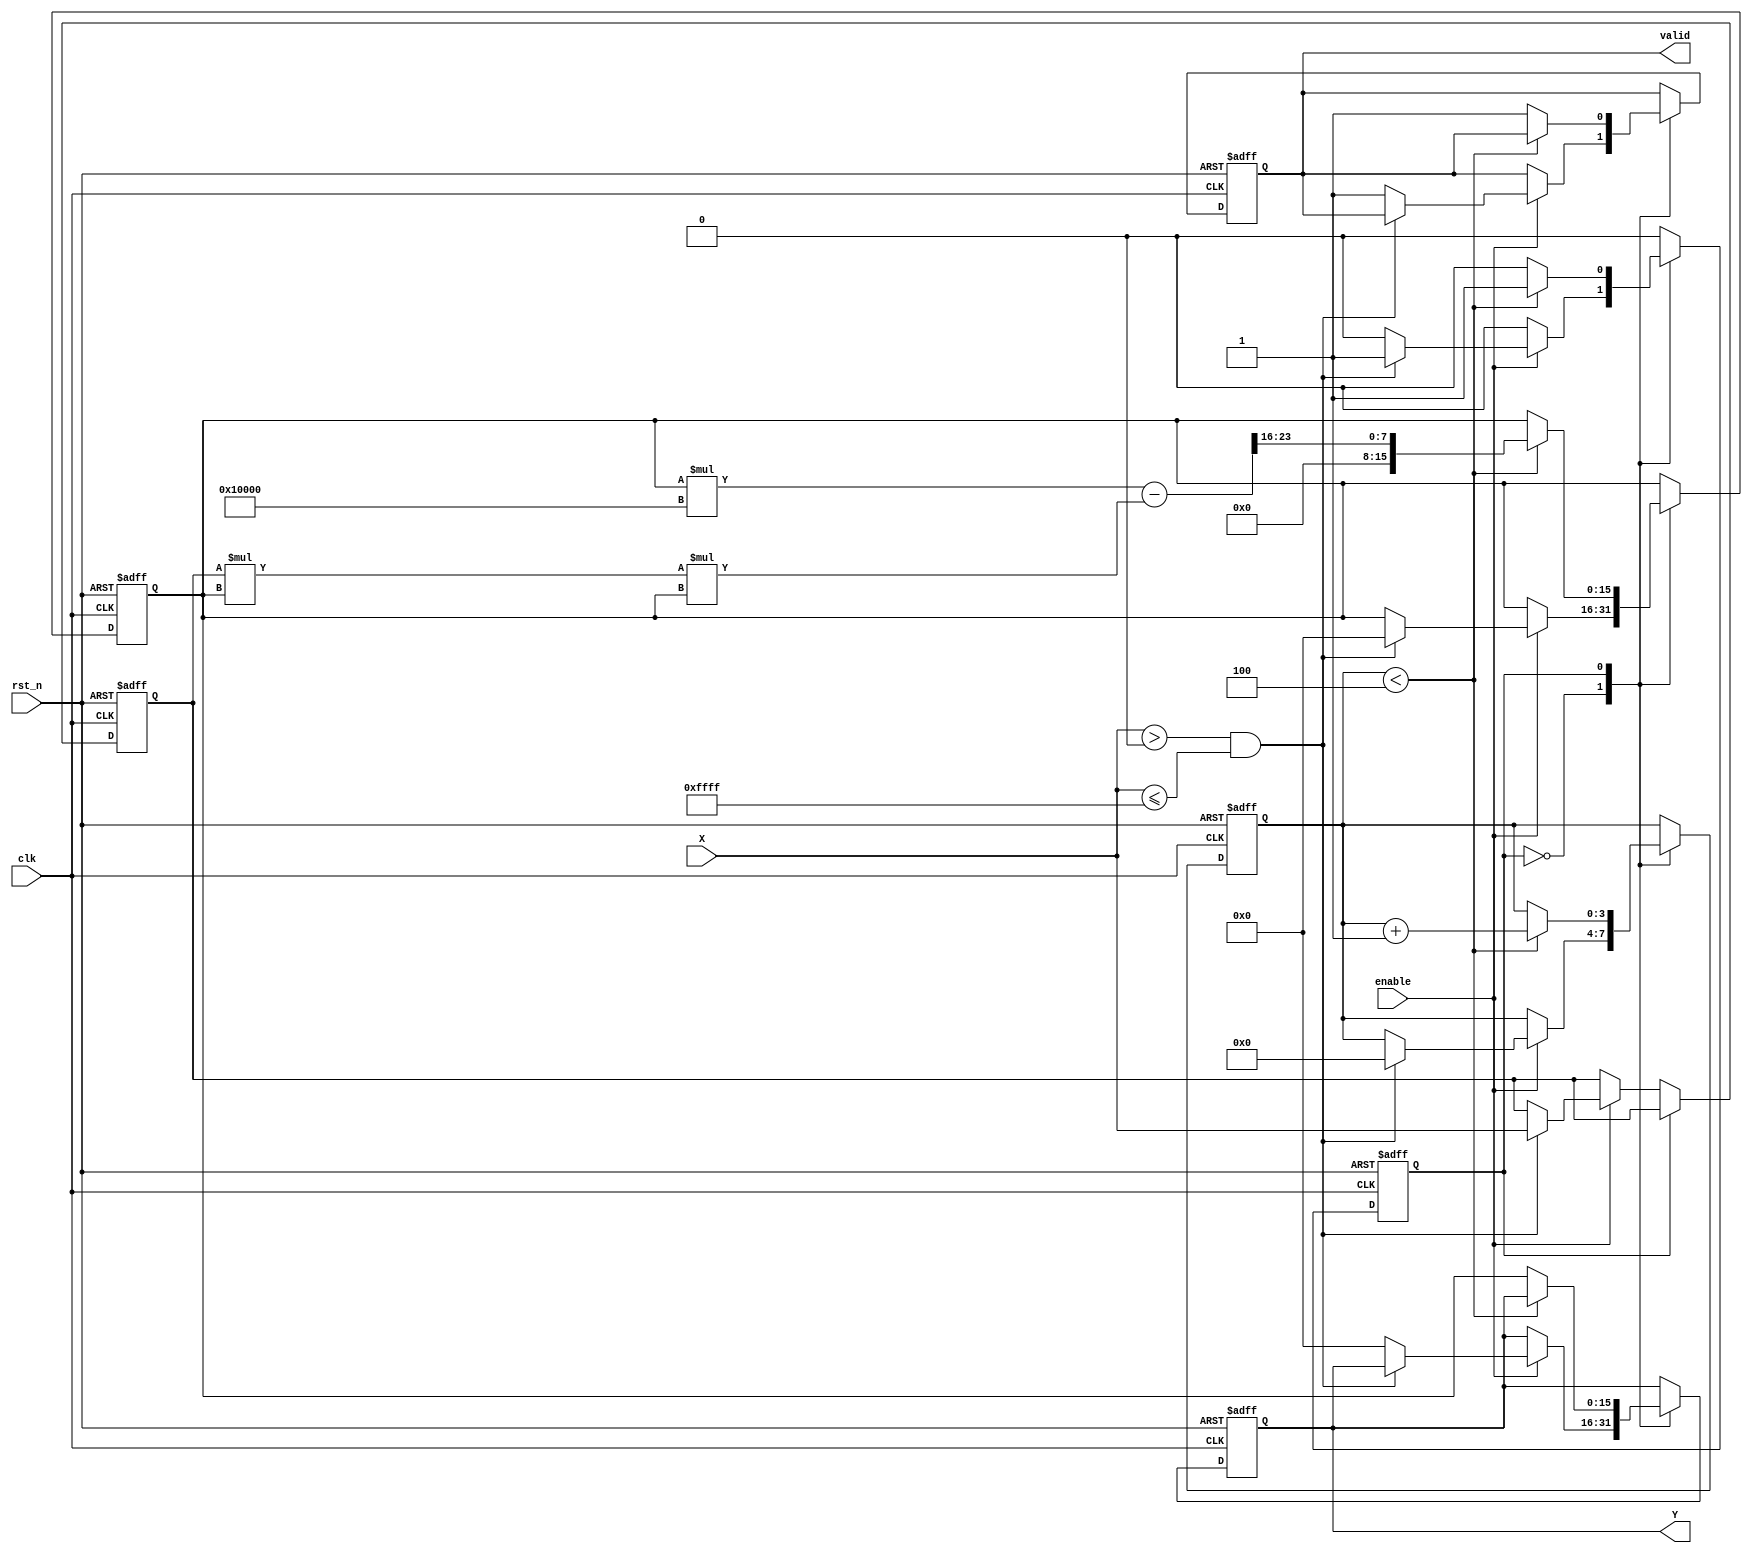
module FixedPointReciprocal #(
    parameter M = 8,  // Number of integer bits
    parameter N = 8   // Number of fractional bits
)(
    input wire clk,
    input wire rst_n,
    input wire enable,
    input wire [M+N-1:0] X,  // Input data in Qm.n format
    output reg [M+N-1:0] Y,   // Output data in Qm.n format
    output reg valid           // Indicates valid output
);

    // Internal parameters
    localparam MAX_VALUE = (1 << (M + N)) - 1; // Maximum representable value
    localparam ITERATIONS = 4; // Number of iterations for Newton-Raphson

    // Internal registers
    reg [M+N-1:0] x_reg;
    reg [M+N-1:0] approx; // Current approximation of reciprocal
    reg [2*M+N-1:0] temp; // Temporary variable for calculations
    reg [3:0] count;      // Iteration counter
    reg state;            // State for processing

    // State definitions
    localparam IDLE = 1'b0;
    localparam CALC = 1'b1;

    // Sequential logic for processing
    always @(posedge clk or negedge rst_n) begin
        if (!rst_n) begin
            Y <= 0;
            valid <= 0;
            x_reg <= 0;
            approx <= 0;
            count <= 0;
            state <= IDLE;
        end else begin
            case (state)
                IDLE: begin
                    if (enable) begin
                        if (X > 0 && X <= MAX_VALUE) begin
                            x_reg <= X;
                            approx <= (1 << (M + N)); // Initial approximation (1)
                            count <= 0;
                            state <= CALC;
                        end else begin
                            Y <= {M+N{1'b0}}; // Handle invalid input (output 0)
                            valid <= 1;
                        end
                    end
                end
                CALC: begin
                    if (count < ITERATIONS) begin
                        // Newton-Raphson iteration: approx = approx * (2 - x_reg * approx)
                        temp = approx * (1 << (M + N)) - (x_reg * approx * approx);
                        approx <= temp >> (M + N);
                        count <= count + 1;
                    end else begin
                        Y <= approx;
                        valid <= 1;
                        state <= IDLE; // Return to IDLE state
                    end
                end
            endcase
        end
    end

endmodule